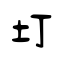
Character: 圢